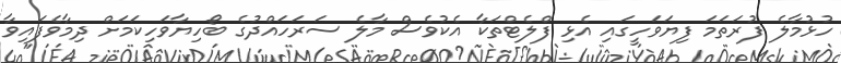
ހުޅުމާލެ ފުރަތަމަ ފިޔަވަހީގައި އެޅި ފްލެޓްތަކާ އެކުވެސް މާލެ ސަރަހައްދުގެ ބޯހިޔާވަހިކަމަށް ދިމާވެފައިވާ